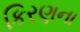
કિરણના